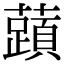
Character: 𬟐